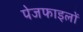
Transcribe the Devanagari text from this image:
पेजफाइलों